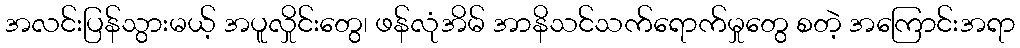
အလင်းပြန်သွားမယ့် အပူလှိုင်းတွေ၊ ဖန်လုံအိမ် အာနိသင်သက်ရောက်မှုတွေ စတဲ့ အကြောင်းအရာ